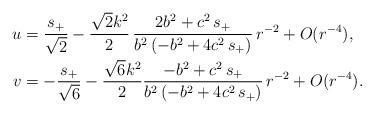
LaTeX: \begin{align*} u &= \frac{s_+}{\sqrt{2}} - \frac{\sqrt{2}k^2}{2}\,\frac{2b^2 + c^2\,s_+}{b^2\,(-b^2 + 4c^2\,s_+)}\,r^{-2}+ O(r^{-4}), \\v &= -\frac{s_+}{\sqrt{6}} - \frac{\sqrt{6}k^2}{2}\frac{-b^2 + c^2\,s_+}{b^2\,(-b^2 + 4c^2\,s_+)}\,r^{-2} + O(r^{-4}) .\end{align*}